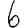
Digit: 6